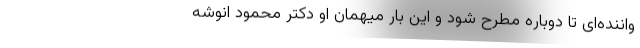
واننده‌ای تا دوباره مطرح شود و این بار میهمان او دکتر محمود انوشه